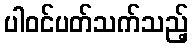
ပါဝင်ပတ်သက်သည့်